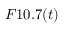
F 1 0 . 7 ( t )